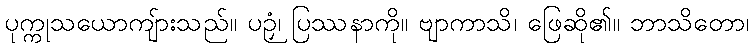
ပုက္ကုသယောကျ်ားသည်။ ပဉှံ၊ ပြဿနာကို။ ဗျာကာသိ၊ ဖြေဆို၏။ ဘာသိတော၊